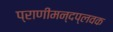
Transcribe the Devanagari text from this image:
प्राणीमन्दप्लवक